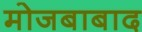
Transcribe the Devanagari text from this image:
मोजबाबाद